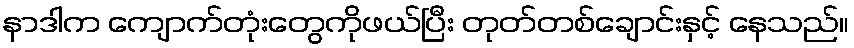
နာဒါက ကျောက်တုံးတွေကိုဖယ်ပြီး တုတ်တစ်ချောင်းနှင့် နေသည်။